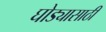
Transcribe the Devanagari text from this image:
घोड्यासाठी